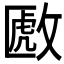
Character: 𫿈